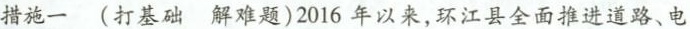
措施一 (打基础 解难题)2016年以来，环江县全面推进道路、电